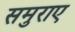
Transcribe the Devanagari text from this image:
समुराए